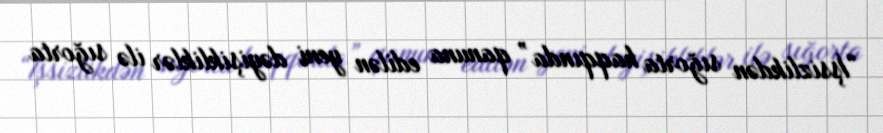
“İşsizlikdən sığorta haqqında” qanuna edilən yeni dəyişikliklər ilə sığorta